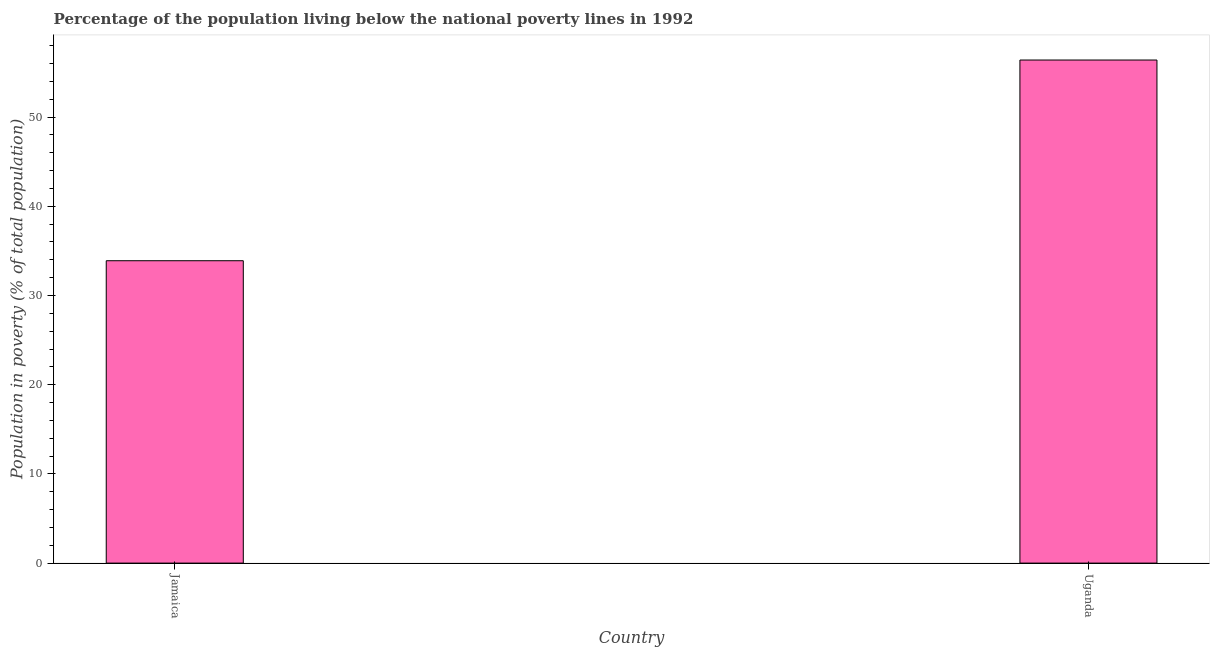
| Country | Poverty headcount ratio |
 | --- | --- |
 | Jamaica | 33.9 |
 | Uganda | 56.4 |